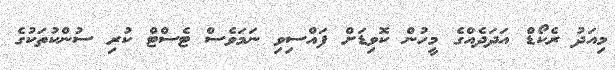
މިއަދު ރެކޯޑް އަދަދެއްގެ މީހުން ކޮވިޑަށް ފައްސިވި ނަމަވެސް ޓެސްޓް ކުރި ސުންކުތަކުގެ